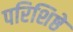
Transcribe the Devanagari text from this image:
परिशिष्ठे